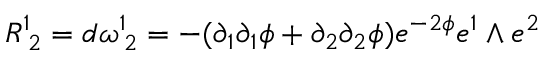
R _ { \: 2 } ^ { 1 } = d \omega _ { \: 2 } ^ { 1 } = - ( \partial _ { 1 } \partial _ { 1 } \phi + \partial _ { 2 } \partial _ { 2 } \phi ) e ^ { - 2 \phi } e ^ { 1 } \wedge e ^ { 2 }